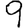
Digit: 9